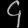
Digit: ၄